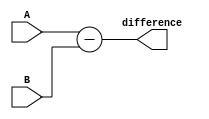
module Subtractor(input [1:0] A, B, output [1:0] difference);
  assign difference = A - B;
endmodule